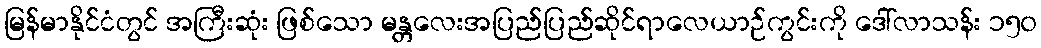
မြန်မာနိုင်ငံတွင် အကြီးဆုံး ဖြစ်သော မန္တလေးအပြည်ပြည်ဆိုင်ရာလေယာဉ်ကွင်းကို ဒေါ်လာသန်း ၁၅၀